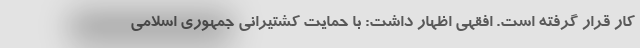
کار قرار گرفته است. افقهی اظهار داشت: با حمایت کشتیرانی جمهوری اسلامی